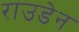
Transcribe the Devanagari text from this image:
राउडेन